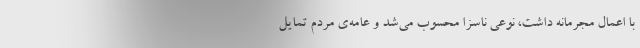
با اعمال مجرمانه داشت، نوعی ناسزا محسوب می‌شد و عامه‌ی مردم تمایل